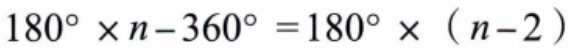
\(180^{\circ} \times n - 360^{\circ} = 180^{\circ} \times (n - 2)\)